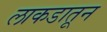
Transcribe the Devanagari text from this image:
लाकडातून